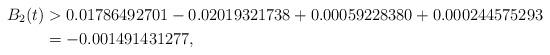
LaTeX: \begin{align*}B_2(t) & > 0.01786492701 - 0.02019321738 + 0.00059228380 + 0.000244575293 \\ & = -0.001491431277 , \end{align*}